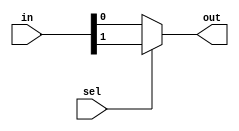
module mux_2to1 (
    input [1:0] in,
    input sel,
    output out
);

assign out = sel ? in[1] : in[0];

endmodule